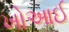
ખોઆઈ